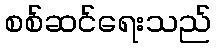
စစ်ဆင်ရေးသည်